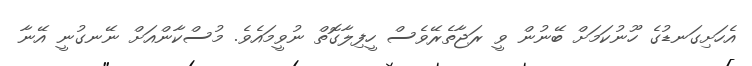
އެހަށިގަނޑުގެ ހޫނުކަމަށް ބޭނުން ވީ ރަޖާތެރޭވެސް ހީފިލާގޮތް ނުވީމައެވެ. މުސްކާންއަށް ނޭނގުނީ އޭނާ